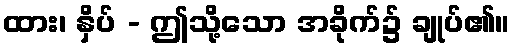
ထား၊ နှိပ် - ဤသို့သော အခိုက်၌ ချုပ်၏။